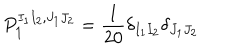
LaTeX: P _ { { \bf { 1 } } } ^ { I _ { 1 } I _ { 2 } , J _ { 1 } J _ { 2 } } = \frac { 1 } { 2 0 } \delta _ { I _ { 1 } I _ { 2 } } \delta _ { J _ { 1 } J _ { 2 } }